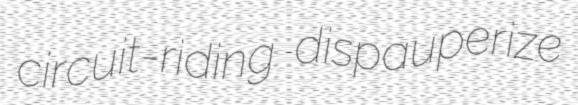
circuit-riding dispauperize